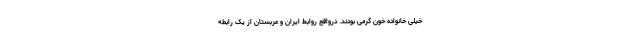
خیلی خانواده خون گرمی بودند. درواقع روابط ایران و عربستان از یک رابطه